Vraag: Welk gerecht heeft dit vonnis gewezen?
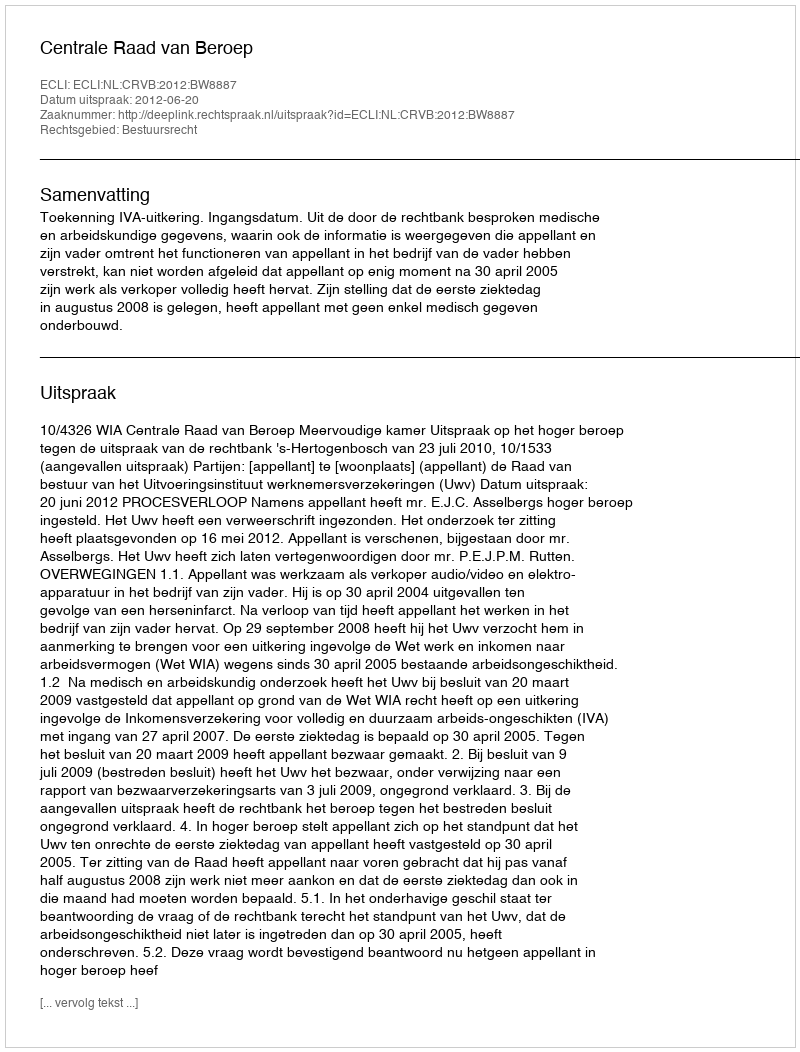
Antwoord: Centrale Raad van Beroep